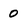
Character: 0